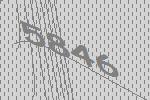
5846